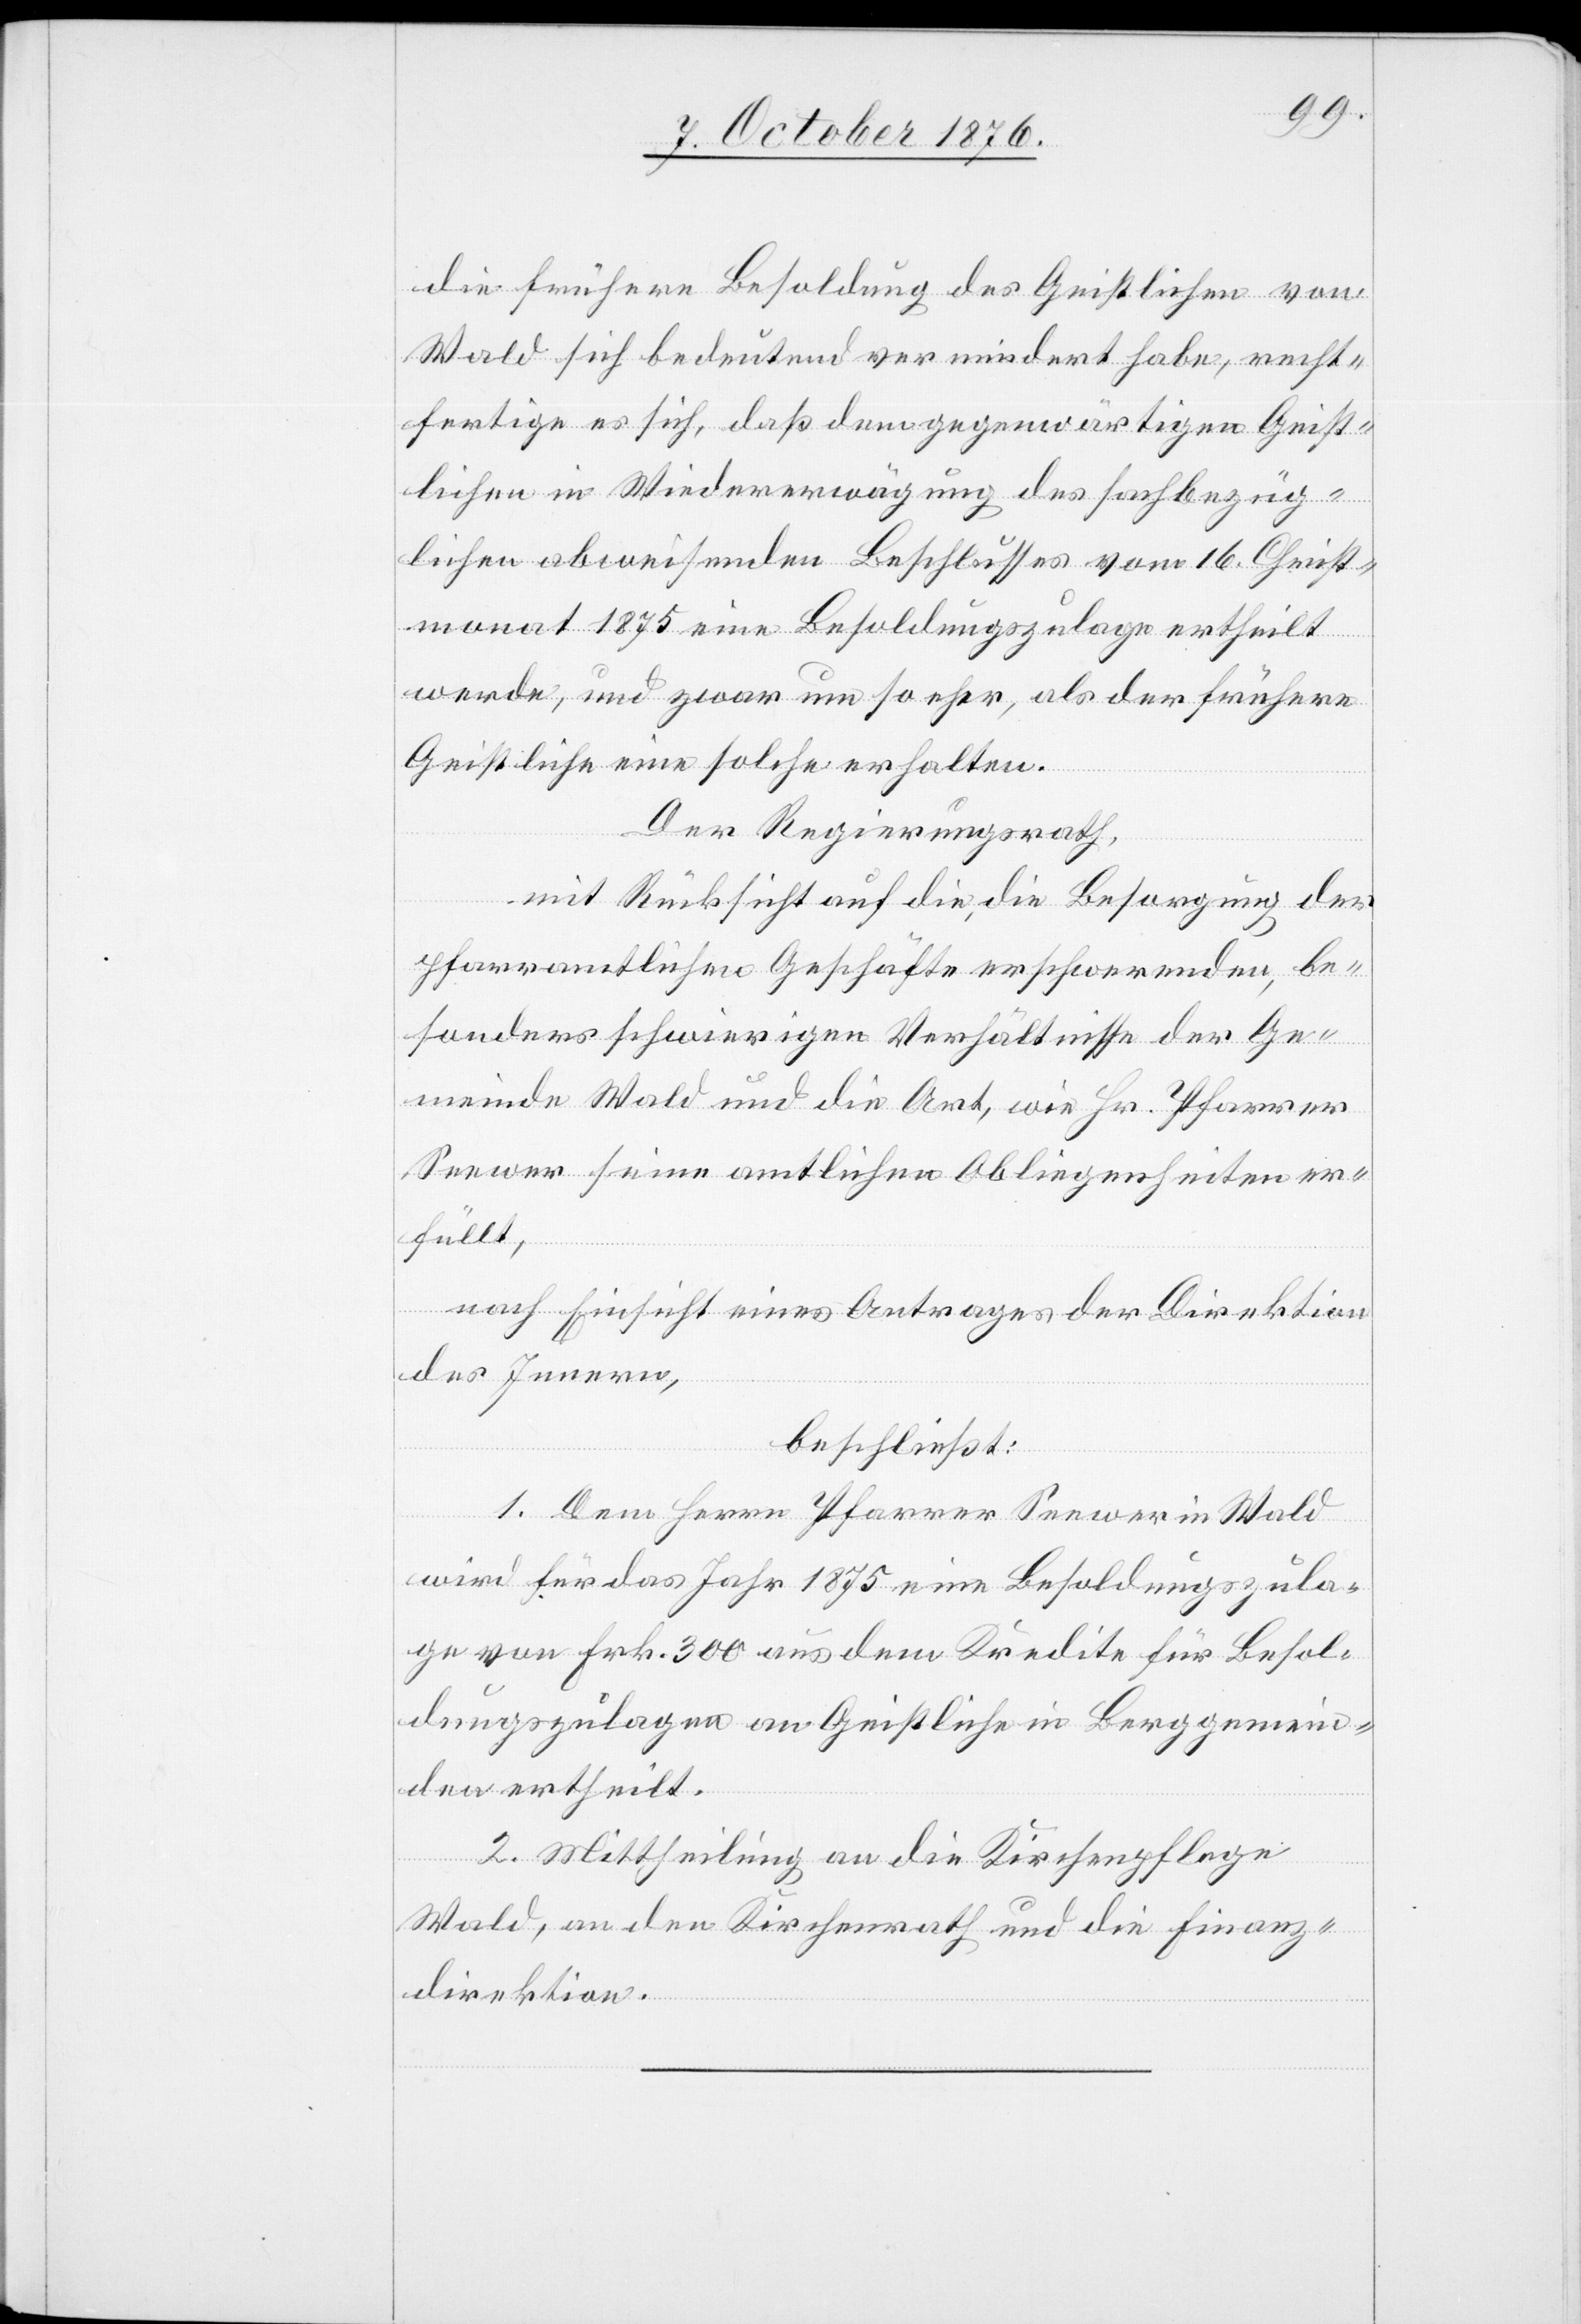
die frühere Besoldung des Geistlichen von
Wald sich bedeutend vermindert habe, recht¬
fertige es sich, daß dem gegenwärtigen Geist¬
lichen in Wiedererwägung des sachbezüg¬
lichen abweisenden Beschlusses vom 16. Christ¬
monat 1875 eine Besoldungszulage ertheilt
werde, und zwar um so eher, als der frühere
Geistliche eine solche erhalten.
Der Regierungsrath,
mit Rücksicht auf die, die Besorgung der
pfarramtlichen Geschäfte erschwerenden, be¬
sonders schwierigen Verhältnisse der Ge¬
meinde Wald und die Art, wie Hr. Pfarrer
Seewer seine amtlichen Obliegenheiten er¬
füllt,
nach Einsicht eines Antrages der Direktion
des Innern,
beschließt:
1. Dem Herrn Pfarrer Seewer in Wald
wird für das Jahr 1875 eine Besoldungszula¬
ge von Frk. 300 aus dem Kredite für Besol¬
dungszulagen an Geistliche in Berggemein¬
den ertheilt.
2. Mittheilung an die Kirchenpflege
Wald, an den Kirchenrath und die Finanz¬
direktion.